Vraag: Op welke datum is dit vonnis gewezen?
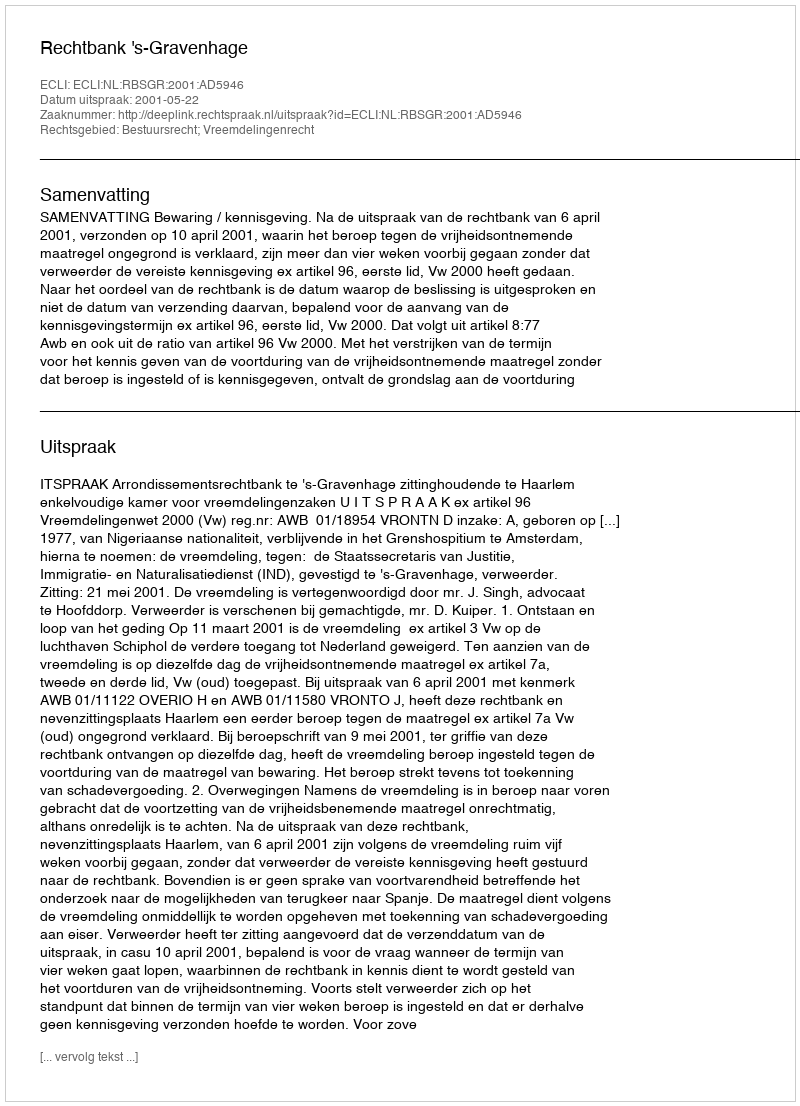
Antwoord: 2001-05-22